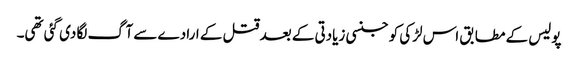
پولیس کے مطابق اس لڑکی کو جنسی زیادتی کے بعد قتل کے ارادے سے آگ لگا دی گئی تھی۔